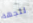
للجهة